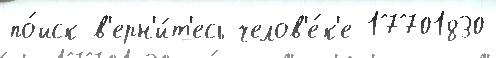
по́иск в'ерн'и́т'есь челов'е́к'е 17701830